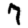
Digit: 7